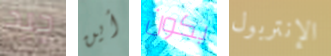
جيد أين يكون الإنتربول